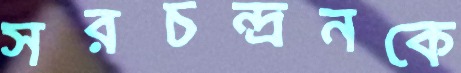
সরচন্দ্রনকে